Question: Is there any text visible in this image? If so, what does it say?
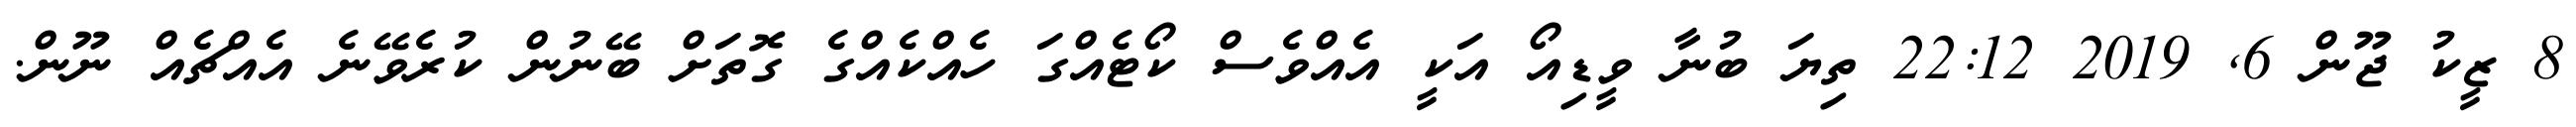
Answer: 8 ޒީކު ޖޫން 6, 2019 22:12 ތިޔަ ބުނާ ވީޑިއޯ އަކީ އެއްވެސް ކޯޓެއްގަ ހެއްކެއްގެ ގޮތަށް ބޭނުން ކުރެވޭނެ އެއްޗެއް ނޫން.